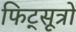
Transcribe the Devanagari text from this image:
फिट्सूत्रों